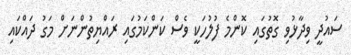
ސައުދީ ވިދާޅުވި ގޮތުގައި ކޮންމެ ފުލުހަކީ ވެސް ކަންކަމުގައި ރައްޔިތުންނަށް މަގު ދައްކައި